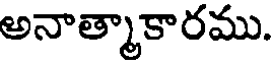
అనాత్మాకారము.